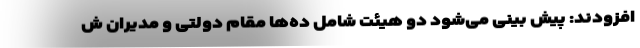
افزودند: پیش بینی می‌شود دو هیئت شامل ده‌ها مقام دولتی و مدیران ش